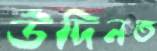
উদিনত